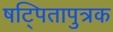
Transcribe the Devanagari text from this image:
षट्पितापुत्रक